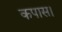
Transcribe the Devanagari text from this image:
कपास।